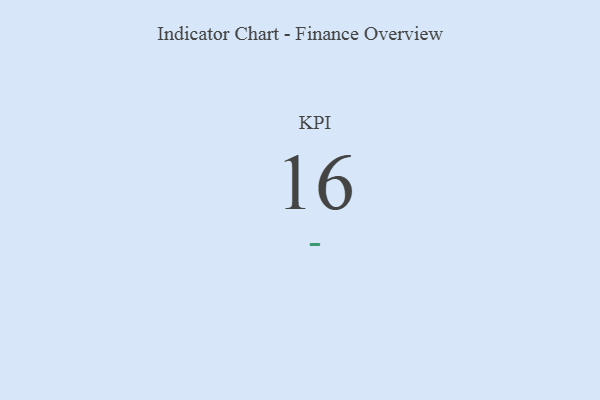
{"axis": {"x": "KPI", "y": "Value"}, "legend": [""], "data": [{"x": "KPI", "y": 16, "type": ""}]}